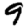
Digit: 9